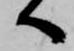
へ